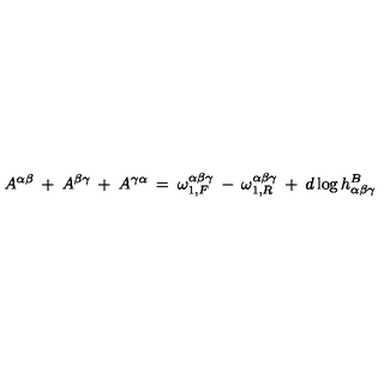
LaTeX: A ^ { \alpha \beta } \: + \: A ^ { \beta \gamma } \: + \: A ^ { \gamma \alpha } \: = \: \omega _ { 1 , F } ^ { \alpha \beta \gamma } \: - \: \omega _ { 1 , R } ^ { \alpha \beta \gamma } \: + \: d \log h _ { \alpha \beta \gamma } ^ { B }